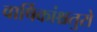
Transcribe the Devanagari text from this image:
वार्षिकांश्चतुरो